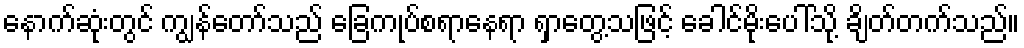
နောက်ဆုံးတွင် ကျွန်တော်သည် ခြေကုပ်စရာနေရာ ရှာတွေ့သဖြင့် ခေါင်မိုးပေါ်သို့ ချိတ်တက်သည်။